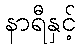
နာရီနှင့်